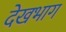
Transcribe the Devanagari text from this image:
देखभाग